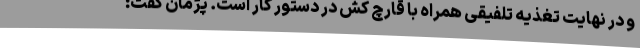
و در نهایت تغذیه تلفیقی همراه با قارچ کش در دستور کار است. پژمان گفت: